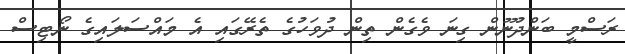
ރަސްމީ ބަންދުނޫން ގިނަ ވެގެން ތިން ދުވަހުގެ ތެރޭގައި އެ މައްސަލައިގެ ނޯޓިސް